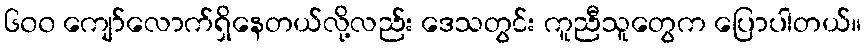
၆၀၀ ကျော်လောက်ရှိနေတယ်လို့လည်း ဒေသတွင်း ကူညီသူတွေက ပြောပါတယ်။